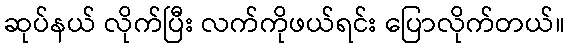
ဆုပ်နယ် လိုက်ပြီး လက်ကိုဖယ်ရင်း ပြောလိုက်တယ်။